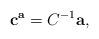
LaTeX: \begin{align*}{\bf c^{\bf a}}=C^{-1}{\bf a}, \end{align*}